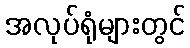
အလုပ်ရုံများတွင်